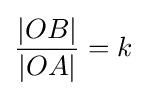
{\frac {|OB|}{|OA|}}=k